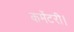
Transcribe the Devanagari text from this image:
कमेंटरी।